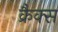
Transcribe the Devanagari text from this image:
क्रैक्‍स